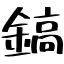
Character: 鎬